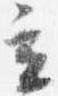
立